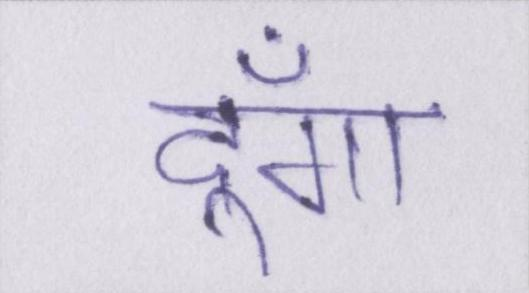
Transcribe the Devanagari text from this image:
दूँगा